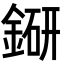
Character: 𨨵